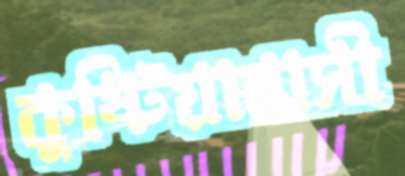
কুষ্টিয়াবাসী